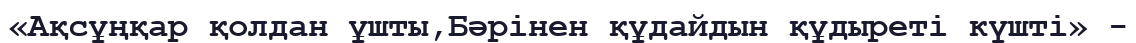
«Ақсұңқар қолдан ұшты,Бәрінен құдайдын құдыреті күшті» -